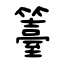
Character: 籉